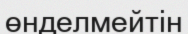
өнделмейтін